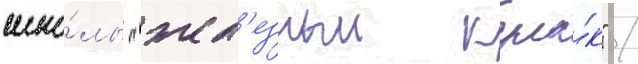
шко́лы "жел'езныи кула́к" /